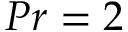
P r = 2